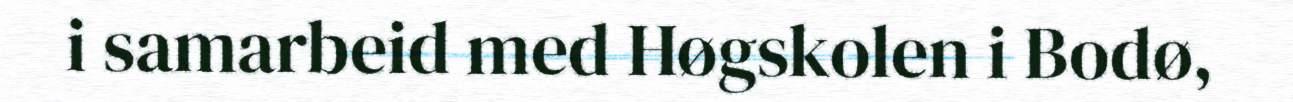
i samarbeid med Høgskolen i Bodø,